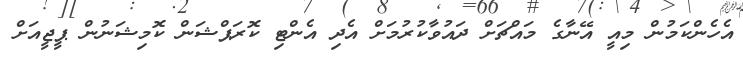
އެހެންކަމުން މިއީ އޭނާގެ މައްޗަށް ދައުވާކުރުމަށް އެދި އެންޓި ކޮރަޕްޝަން ކޮމިޝަނުން ޕީޖީއަށް